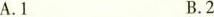
A.1 B. 2